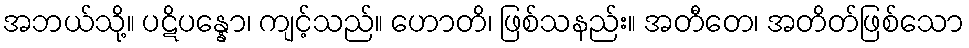
အဘယ်သို့။ ပဋိပန္နော၊ ကျင့်သည်။ ဟောတိ၊ ဖြစ်သနည်း။ အတီတေ၊ အတိတ်ဖြစ်သော